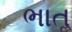
ભાતૢ